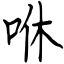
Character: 咻